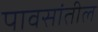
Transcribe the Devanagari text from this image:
पावसांतील